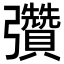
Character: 𢑊